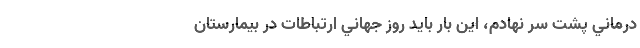
درماني پشت سر نهادم، اين ‌بار بايد روز جهاني ارتباطات در بيمارستان